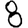
Digit: 8